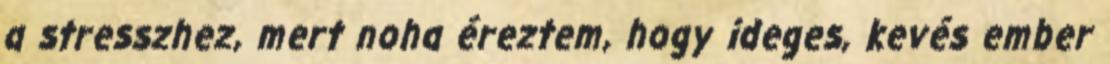
a stresszhez, mert noha éreztem, hogy ideges, kevés ember